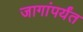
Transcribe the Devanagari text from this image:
जागांपर्यंत